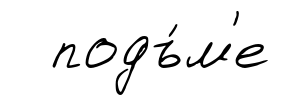
подъ́м'е